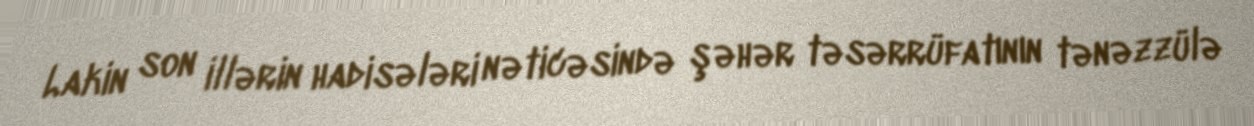
Lakin son illərin hadisələri nəticəsində şəhər təsərrüfatının tənəzzülə